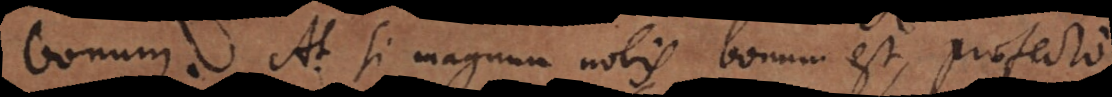
bonum. At si magnum nobis bonum est, profecto